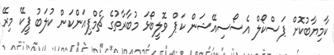
ކާމިޔާބުކޮށް ޕަސްކޯލް އެސޯސިއޭޝަން ކަޕް ވޮލީބޯޅަ މުބާރާތުގެ ޗެމްޕިއަންކަން ކުލަބު ޕީކޭ މިރޭ